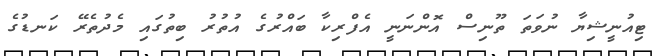
ޓިއުނީޝިޔާ ނުވަތަ ތޫނިސް އޮންނަނީ އެފްރިކާ ބައްރުގެ އުތުރު ބިތުގައި މެދުތެރޭ ކަނޑުގެ